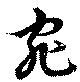
宛